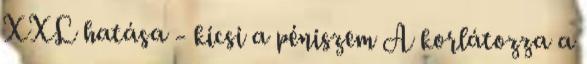
XXL hatása - kicsi a péniszem A korlátozza a